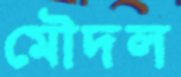
মৌদল